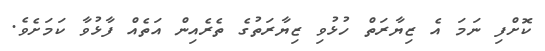
ކޮށްފި ނަމަ އެ ޒިޔާރަތް ހުޅުވި ޒިޔާރަތުގެ ތެރެއިން އަތެއް ފާޅުވާ ކަމަށެވެ.